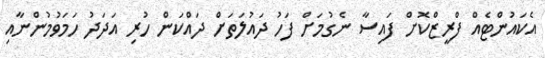
އެކައުންޓެއް ފްރީޒްކޮށް ފައިސާ ނެގުމަށް ފަހު ދައުލަތަށް ދައްކަން ހުރި އަދަދު ހަމަވުމުންނާއި